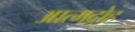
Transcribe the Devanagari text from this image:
आत्मद्रोह